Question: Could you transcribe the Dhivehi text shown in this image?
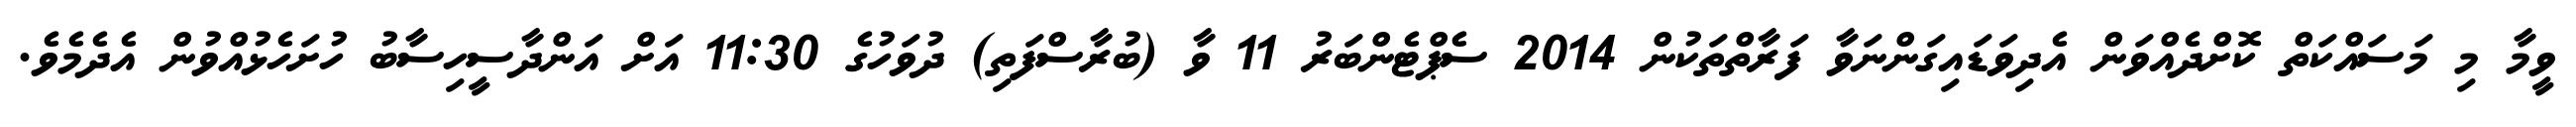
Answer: ވީމާ މި މަސައްކަތް ކޮށްދެއްވަން އެދިވަޑައިގަންނަވާ ފަރާތްތަކުން 2014 ސެޕްޓެންބަރު 11 ވާ (ބުރާސްފަތި) ދުވަހުގެ 11:30 އަށް އަންދާސީހިސާބު ހުށަހެޅުއްވުން އެދެމެވެ.